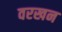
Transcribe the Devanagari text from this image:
वरखन